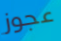
عجوز